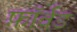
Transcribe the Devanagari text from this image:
फ़ॉर्वड